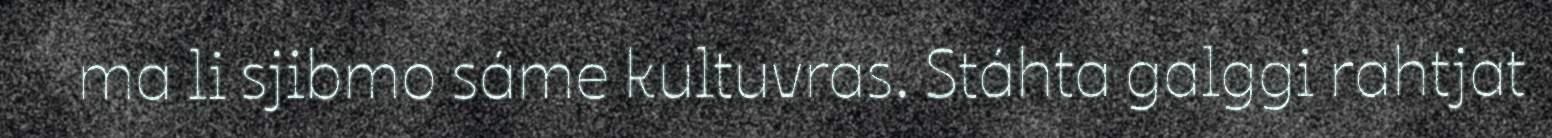
ma li sjibmo sáme kultuvras. Stáhta galggi rahtjat